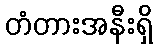
တံတားအနီးရှိ